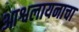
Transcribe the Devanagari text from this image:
आश्वलायनाचा